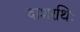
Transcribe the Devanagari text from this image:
दाशरथिः